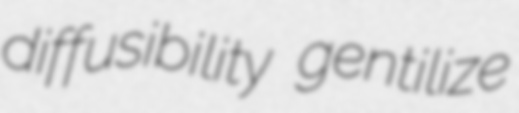
diffusibility gentilize